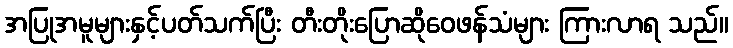
အပြုအမူများနှင့်ပတ်သက်ပြီး တီးတိုးပြောဆိုဝေဖန်သံများ ကြားလာရ သည်။